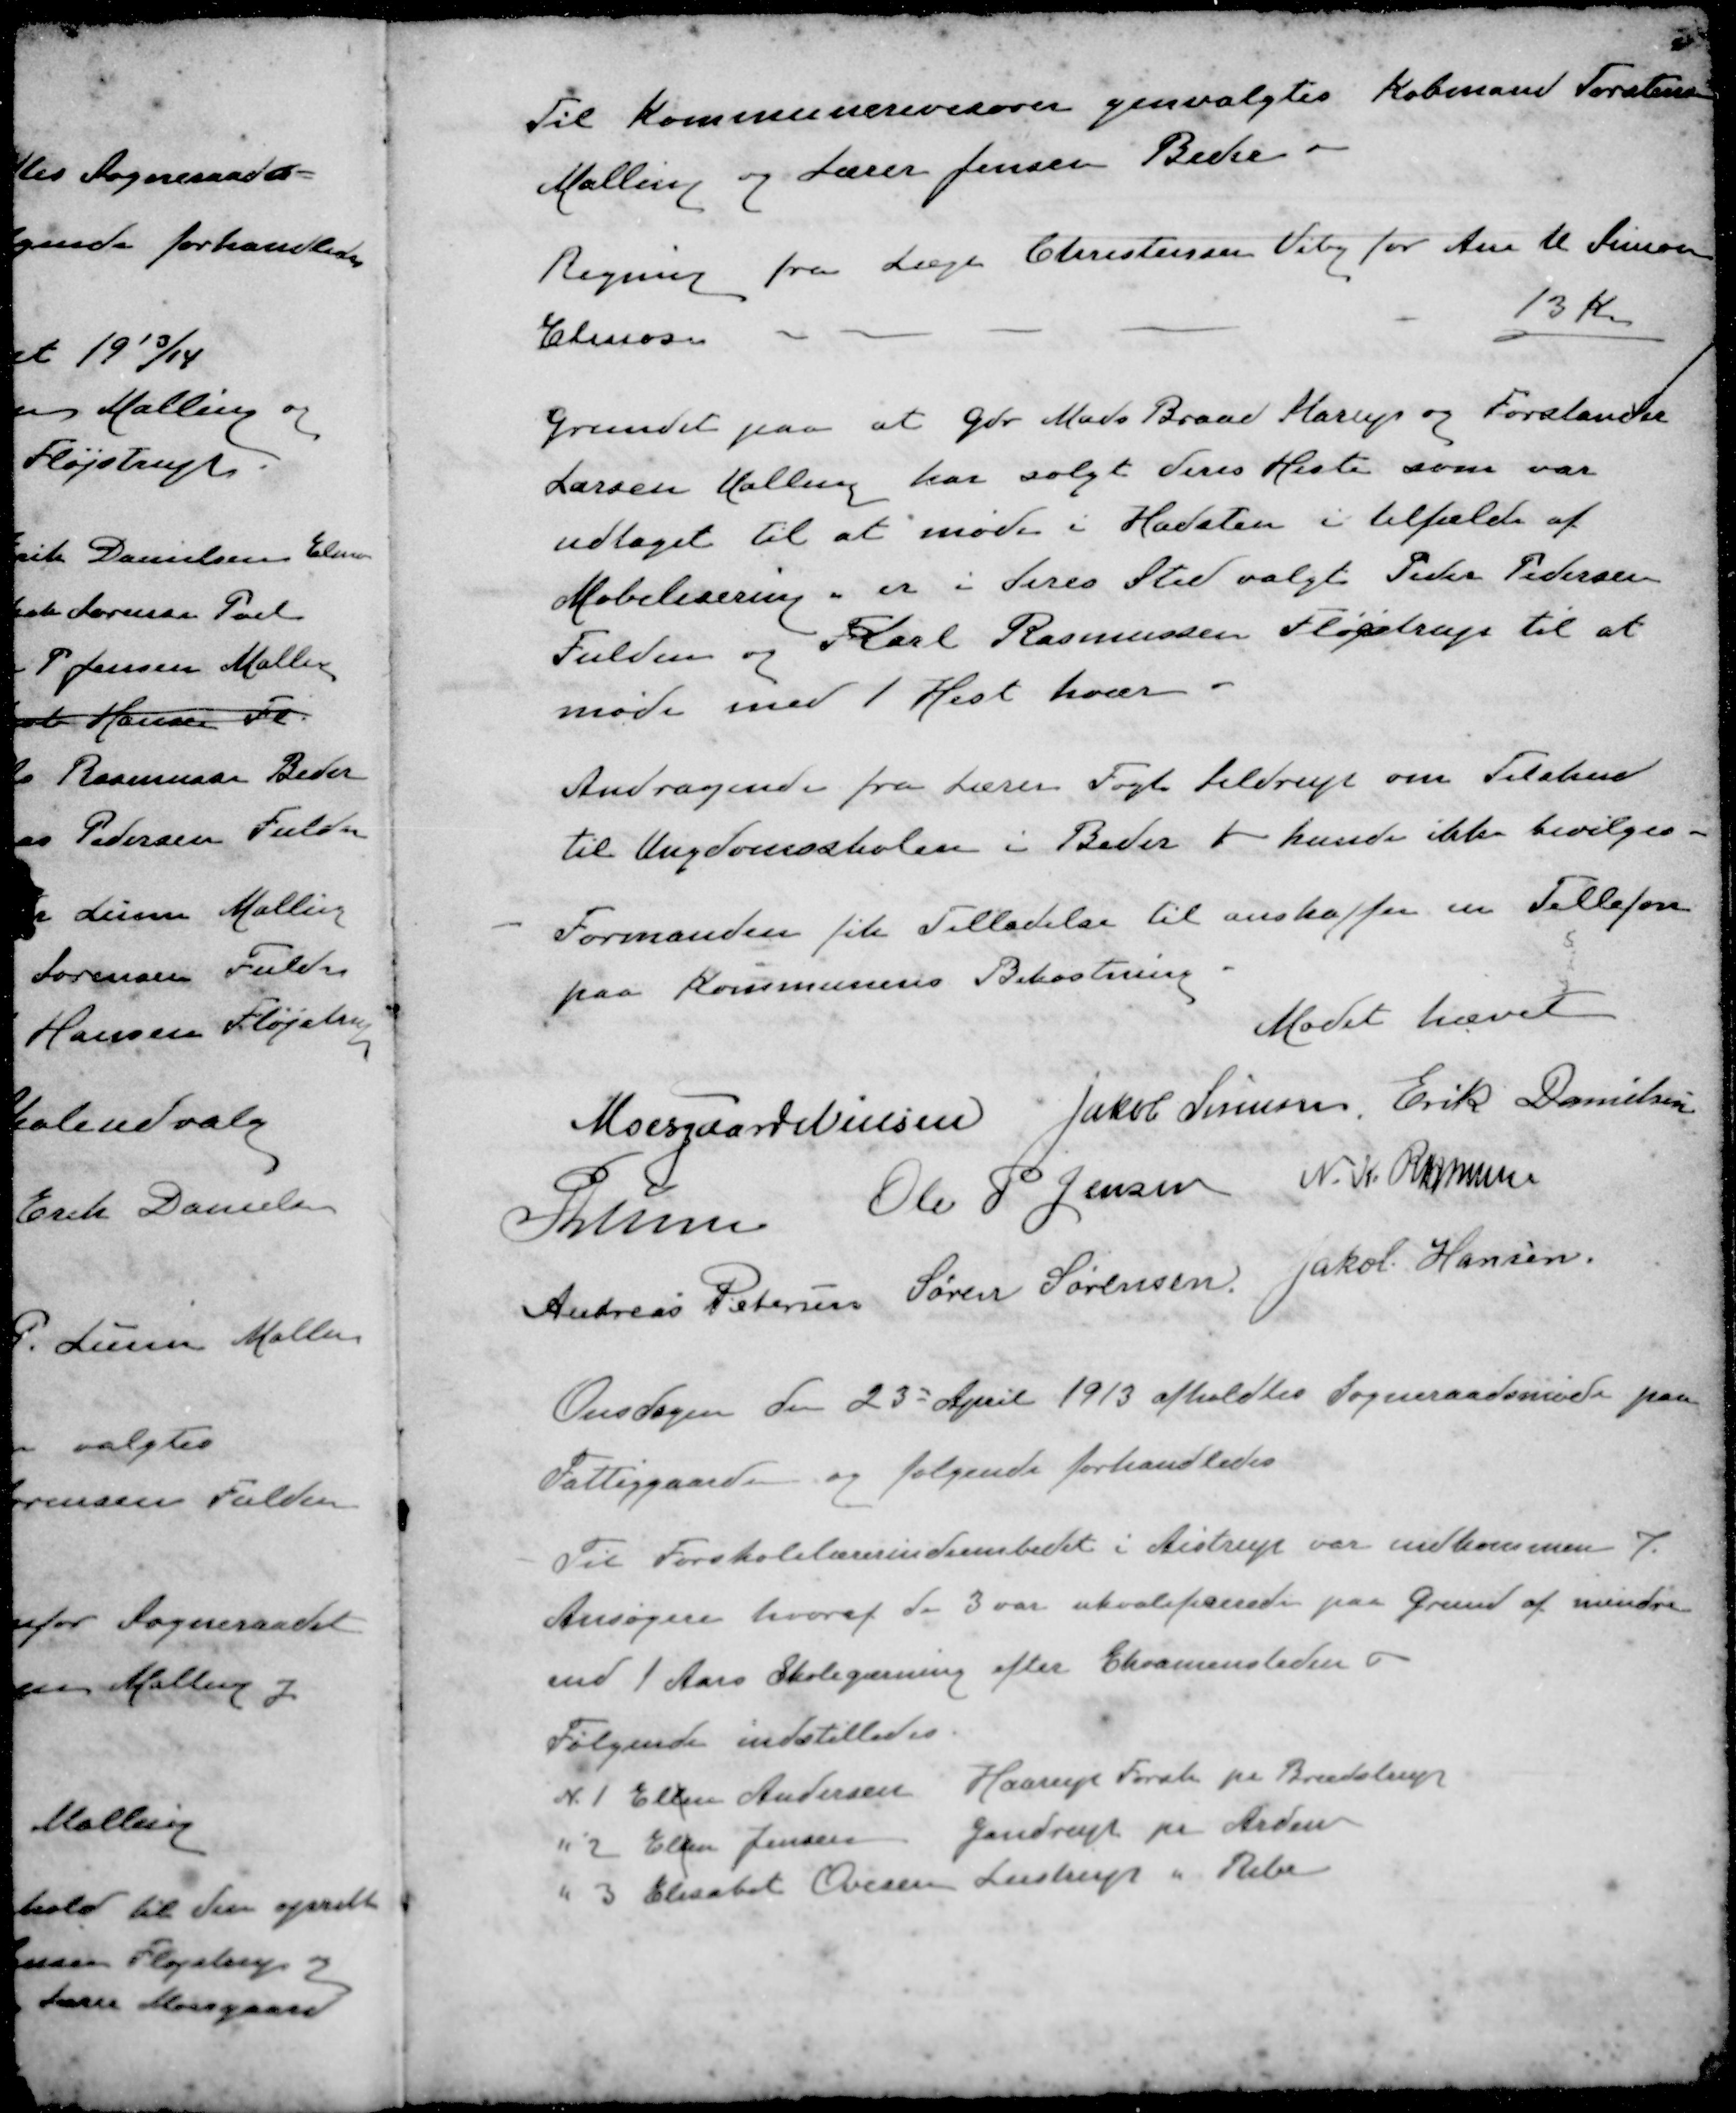
Transskription:
Til Kommunerevisorer genvalgtes Købmand Torstensen
Malling og Lærer Jensen Beder
Regning fra Læge Christensen Viby for Ane M. Simonsen
Elmose
13 Kr.
Grundet paa at Gdr Mads Brand Starup og Forstander
Larsen Malling har solgt deres Heste som var
udtaget til at møde i Hadsten i tilfælde af
Mobilisering, er i deres Sted valgt Peder Pedersen
Fulden og Karl Rasmussen Fløjstrup til at
møde med 1 Hest hver.
Andragende fra Lærer Fogh Seldrup om Tilskud
til Ungdomsskolen i Beder - kunde ikke bevilges.
Formanden fik Tilladelse til anskaffe en Tellefon
paa Kommunens Bekostning.
Mødet hævet
Moesgaard Nielsen
Jakob Sørensen
Erik Danielsen
P Lunn
Ole P Jensen
N. K. Rasmussen
Andreas Petersen
Søren Sørensen
Jakob Hansen
Onsdagen den 23 April 1913 afholdtes Sogneraadsmøde paa
Fattiggaarden og følgende forhandledes
Til Forskolelærerindeembedet i Aistrup var indkommen 7
Ansøgere hvoraf de 3 var ukvalificerede paa Grund af mindre
end 1 Aars Skolegærning efter Eksamenstiden -
Følgende indstilledes
N 1 Ellen Andersen Haarup Forsk. pr Brædstrup
" 2 Ellen Jensen Gandrup pr Arden
" 3 Elisabet Ovesen Lystrup " Ribe